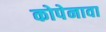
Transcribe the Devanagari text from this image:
कोपेनावा